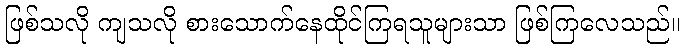
ဖြစ်သလို ကျသလို စားသောက်နေထိုင်ကြရသူများသာ ဖြစ်ကြလေသည်။